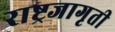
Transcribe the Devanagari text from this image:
राष्ट्रजागृती